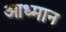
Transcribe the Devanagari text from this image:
आध्मान